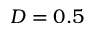
D = 0 . 5